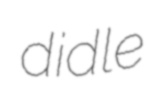
didle